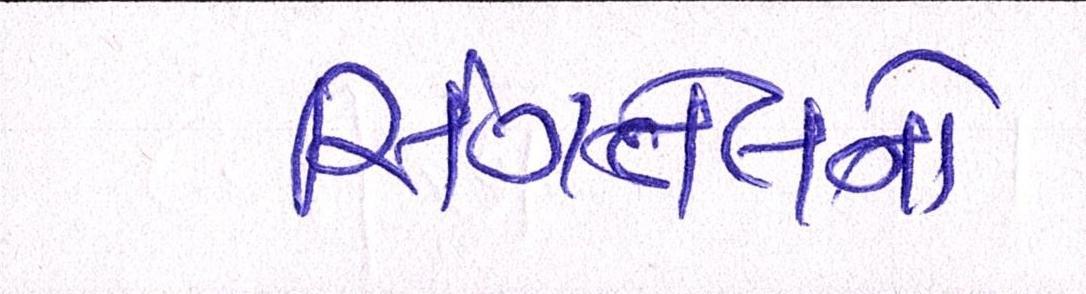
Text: સિંગતેલનો